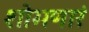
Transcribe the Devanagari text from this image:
शोभणारं